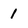
Character: 1